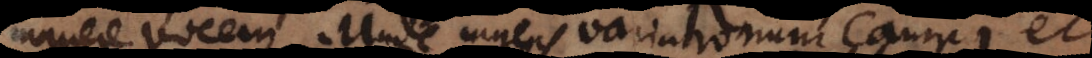
manere vocem. Unde ingens variationum campu